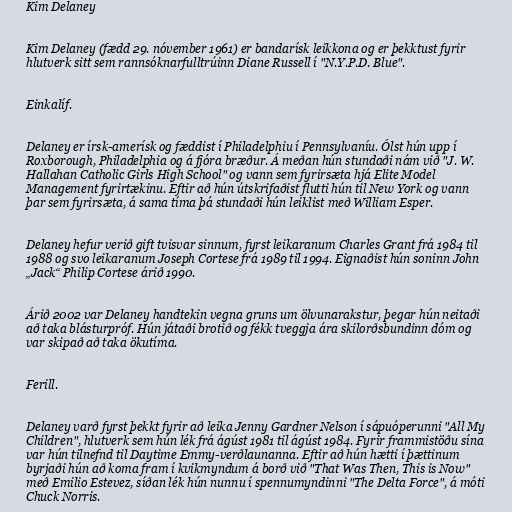
Kim Delaney

Kim Delaney (fædd 29. nóvember 1961) er bandarísk leikkona og er þekktust fyrir
hlutverk sitt sem rannsóknarfulltrúinn Diane Russell í "N.Y.P.D. Blue".

Einkalíf.

Delaney er írsk-amerísk og fæddist í Philadelphiu í Pennsylvaníu. Ólst hún upp í
Roxborough, Philadelphia og á fjóra bræður. Á meðan hún stundaði nám við "J. W.
Hallahan Catholic Girls High School" og vann sem fyrirsæta hjá Elite Model
Management fyrirtækinu. Eftir að hún útskrifaðist flutti hún til New York og vann
þar sem fyrirsæta, á sama tíma þá stundaði hún leiklist með William Esper.

Delaney hefur verið gift tvisvar sinnum, fyrst leikaranum Charles Grant frá 1984 til
1988 og svo leikaranum Joseph Cortese frá 1989 til 1994. Eignaðist hún soninn John
„Jack“ Philip Cortese árið 1990.

Árið 2002 var Delaney handtekin vegna gruns um ölvunarakstur, þegar hún neitaði
að taka blásturpróf. Hún játaði brotið og fékk tveggja ára skilorðsbundinn dóm og
var skipað að taka ökutíma.

Ferill.

Delaney varð fyrst þekkt fyrir að leika Jenny Gardner Nelson í sápuóperunni "All My
Children", hlutverk sem hún lék frá ágúst 1981 til ágúst 1984. Fyrir frammistöðu sína
var hún tilnefnd til Daytime Emmy-verðlaunanna. Eftir að hún hætti í þættinum
byrjaði hún að koma fram í kvikmyndum á borð við "That Was Then, This is Now"
með Emilio Estevez, síðan lék hún nunnu í spennumyndinni "The Delta Force", á móti
Chuck Norris.